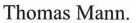
Thomas Mann.